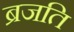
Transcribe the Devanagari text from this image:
ब्रजति